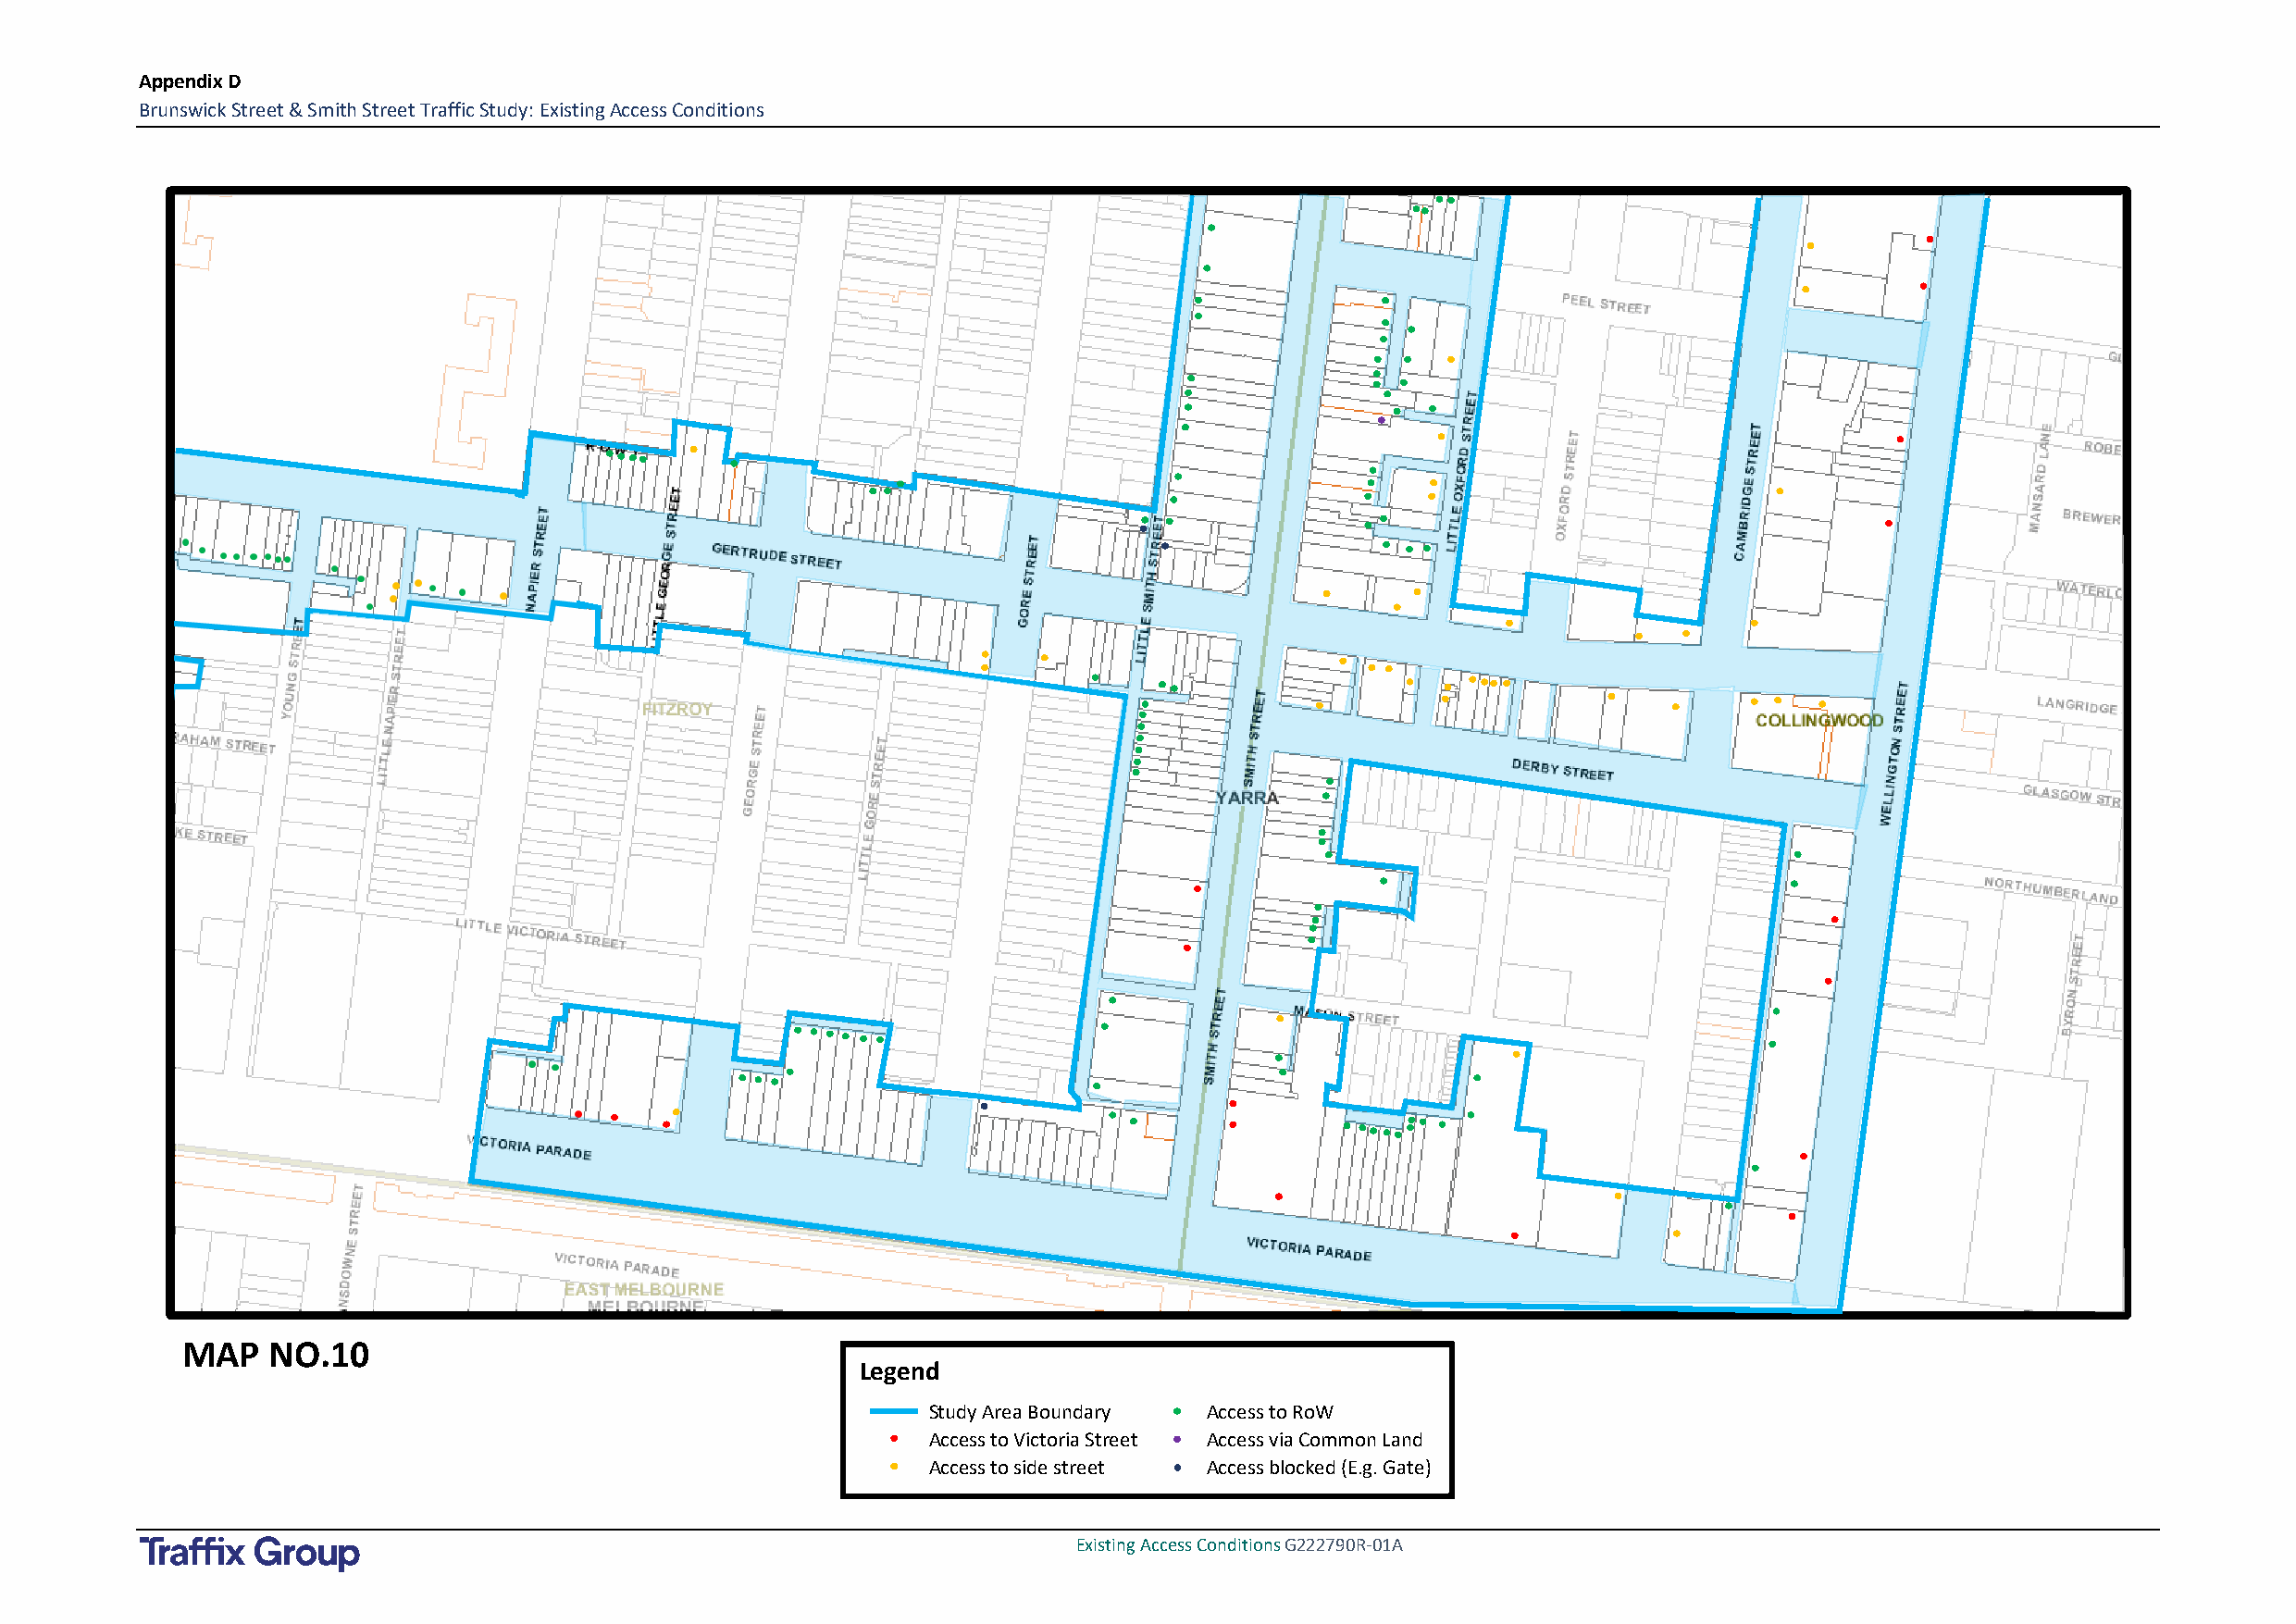
Appendix D
 Brunswick Street & Smith Street Traffic Study: Existing Access Conditions
 MAP   NO.10
 Legend
 Study Area Boundary Access to RoW
 Access to Victoria Street Access via Common Land
 Access to side street Access blocked (E.g. Gate)
 Existing Access Conditions G222790R-01A